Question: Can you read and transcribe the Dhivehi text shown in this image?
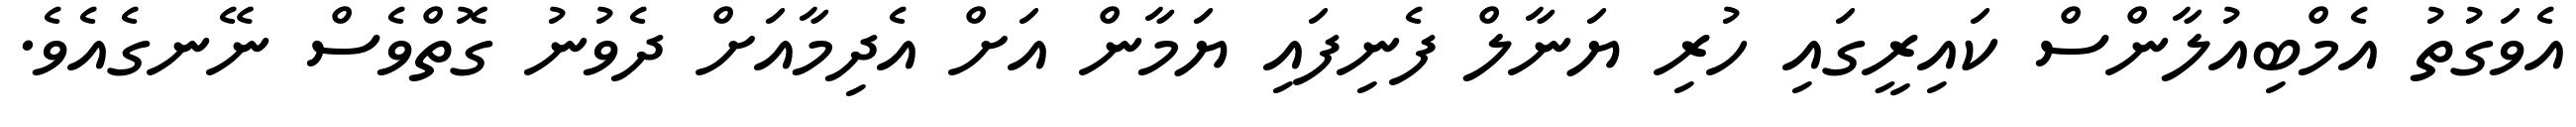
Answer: އެވަގުތު އެމްބިއުލާންސް ކައިރީގައި ހުރި ޔަނާލް ފެނިފައި ޔަމާން އަށް އެދިމާއަށް ދެވުނު ގޮތްވެސް ނޭނގެއެވެ.